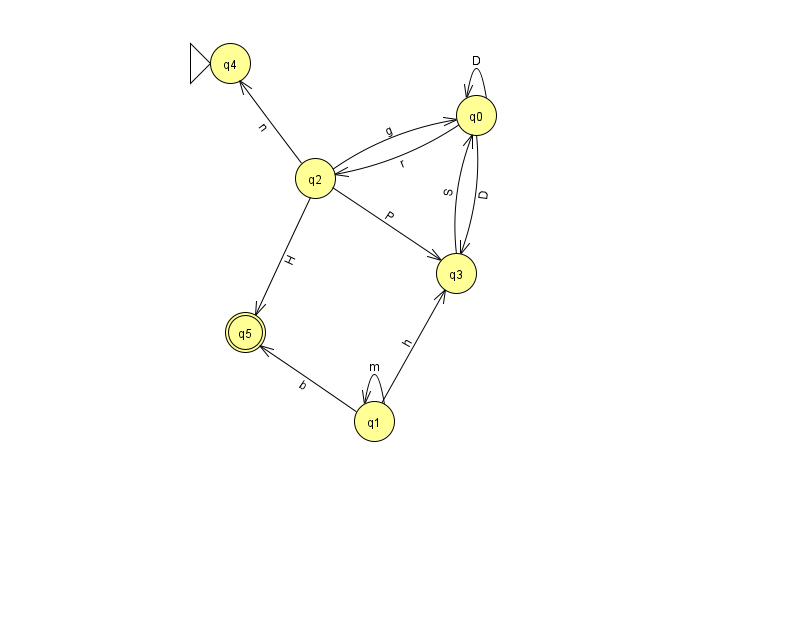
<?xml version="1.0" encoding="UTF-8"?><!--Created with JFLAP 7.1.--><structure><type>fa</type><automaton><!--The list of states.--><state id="0" name="q0"><x>476.0</x><y>102.0</y></state><state id="1" name="q1"><x>374.0</x><y>408.0</y></state><state id="2" name="q2"><x>315.0</x><y>165.0</y></state><state id="3" name="q3"><x>456.0</x><y>260.0</y></state><state id="4" name="q4"><x>230.0</x><y>50.0</y><initial/></state><state id="5" name="q5"><x>245.0</x><y>319.0</y><final/></state><!--The list of transitions.--><transition><from>3</from><to>0</to><read>S</read></transition><transition><from>0</from><to>0</to><read>D</read></transition><transition><from>0</from><to>3</to><read>D</read></transition><transition><from>1</from><to>3</to><read>h</read></transition><transition><from>2</from><to>0</to><read>g</read></transition><transition><from>2</from><to>4</to><read>n</read></transition><transition><from>1</from><to>5</to><read>b</read></transition><transition><from>2</from><to>3</to><read>P</read></transition><transition><from>0</from><to>2</to><read>r</read></transition><transition><from>1</from><to>1</to><read>m</read></transition><transition><from>2</from><to>5</to><read>H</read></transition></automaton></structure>